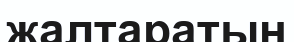
жалтаратын